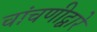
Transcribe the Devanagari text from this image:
चांचणीद्वारे